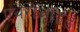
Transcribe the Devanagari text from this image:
एंथेरोजॉइड